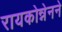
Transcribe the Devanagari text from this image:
रायकोन्नेनने